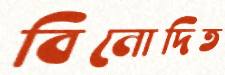
বিনোদিত